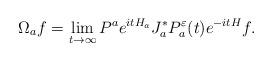
LaTeX: \begin{align*}\Omega_af=\lim_{t\to\infty}P^ae^{itH_a}J_a^*P_a^{\varepsilon}(t)e^{-itH}f.\end{align*}